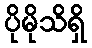
ပိုမိုသိရှိ